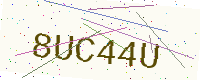
Text: 8UC44U